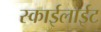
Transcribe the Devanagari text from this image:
स्काईलाईट